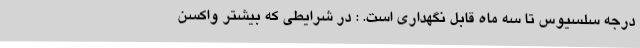
درجه سلسیوس تا سه ماه قابل نگهداری است. : در شرایطی که بیشتر واکسن